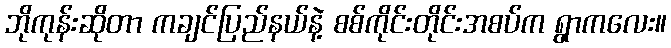
ဘိုကုန်းဆိုတာ ကချင်ပြည်နယ်နဲ့ စစ်ကိုင်းတိုင်းအစပ်က ရွာကလေး။